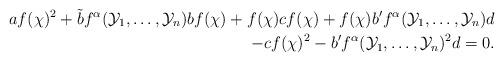
LaTeX: \begin{align*} af(\chi)^2 +\tilde{b}f^{\alpha}(\mathcal{Y}_1,\ldots, \mathcal{Y}_n)bf(\chi)+f(\chi)cf(\chi) +f(\chi)b^{\prime}f^{\alpha}(\mathcal{Y}_1,\ldots, \mathcal{Y}_n)d\\ -cf(\chi)^2 -b^{\prime}f^{\alpha}(\mathcal{Y}_1,\ldots, \mathcal{Y}_n)^2d=0. \end{align*}